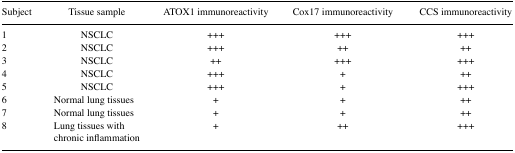
<table><thead><tr><td><b>Subject</b></td><td><b>Tissue sample</b></td><td><b>ATOX1 immunoreactivity</b></td><td><b>Cox17 immunoreactivity</b></td><td><b>CCS immunoreactivity</b></td></tr></thead><tbody><tr><td>1</td><td>NSCLC</td><td>+++</td><td>+++</td><td>+++</td></tr><tr><td>2</td><td>NSCLC</td><td>+++</td><td>++</td><td>++</td></tr><tr><td>3</td><td>NSCLC</td><td>++</td><td>+++</td><td>+++</td></tr><tr><td>4</td><td>NSCLC</td><td>+++</td><td>+</td><td>++</td></tr><tr><td>5</td><td>NSCLC</td><td>+++</td><td>+</td><td>+++</td></tr><tr><td>6</td><td>Normal lung tissues</td><td>+</td><td>+</td><td>++</td></tr><tr><td>7</td><td>Normal lung tissues</td><td>+</td><td>+</td><td>++</td></tr><tr><td>8</td><td>Lung tissues with chronic inflammation</td><td>+</td><td>++</td><td>+++</td></tr></tbody></table>